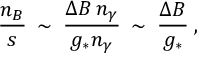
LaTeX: \frac { n _ { B } } { s } \: \sim \: \frac { \Delta B \, n _ { \gamma } } { g _ { * } n _ { \gamma } } \: \sim \: \frac { \Delta B } { g _ { * } } \: ,